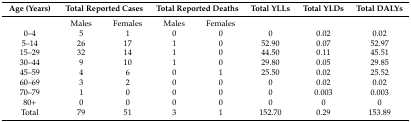
<table><thead><tr><td><b>Age (Years)</b></td><td colspan="2"><b>Total Reported Cases</b></td><td colspan="2"><b>Total Reported Deaths</b></td><td><b>Total YLLs</b></td><td><b>Total YLDs</b></td><td><b>Total DALYs</b></td></tr></thead><tbody><tr><td></td><td>Males</td><td>Females</td><td>Males</td><td>Females</td><td></td><td></td><td></td></tr><tr><td>0–4</td><td>5</td><td>1</td><td>0</td><td>0</td><td>0</td><td>0.02</td><td>0.02</td></tr><tr><td>5–14</td><td>26</td><td>17</td><td>1</td><td>0</td><td>52.90</td><td>0.07</td><td>52.97</td></tr><tr><td>15–29</td><td>32</td><td>14</td><td>1</td><td>0</td><td>44.50</td><td>0.11</td><td>45.51</td></tr><tr><td>30–44</td><td>9</td><td>10</td><td>1</td><td>0</td><td>29.80</td><td>0.05</td><td>29.85</td></tr><tr><td>45–59</td><td>4</td><td>6</td><td>0</td><td>1</td><td>25.50</td><td>0.02</td><td>25.52</td></tr><tr><td>60–69</td><td>3</td><td>2</td><td>0</td><td>0</td><td>0</td><td>0.02</td><td>0.02</td></tr><tr><td>70–79</td><td>1</td><td>0</td><td>0</td><td>0</td><td>0</td><td>0.003</td><td>0.003</td></tr><tr><td>80+</td><td>0</td><td>0</td><td>0</td><td>0</td><td>0</td><td>0</td><td>0</td></tr><tr><td>Total</td><td>79</td><td>51</td><td>3</td><td>1</td><td>152.70</td><td>0.29</td><td>153.89</td></tr></tbody></table>